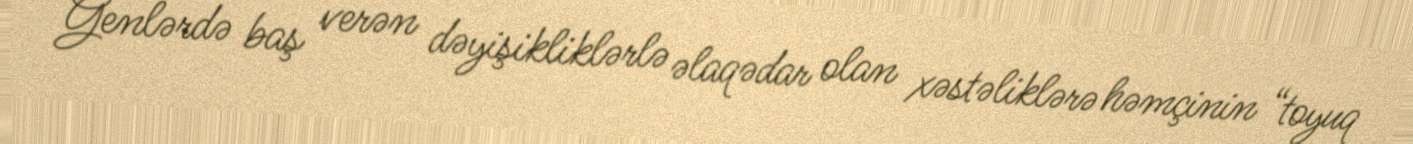
Genlərdə baş verən dəyişikliklərlə əlaqədar olan xəstəliklərə həmçinin “toyuq